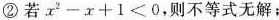
②若$$x^{2}-x+1<0$$，则不等式无解；